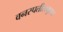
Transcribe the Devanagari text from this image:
वनस्पतीसमूहात